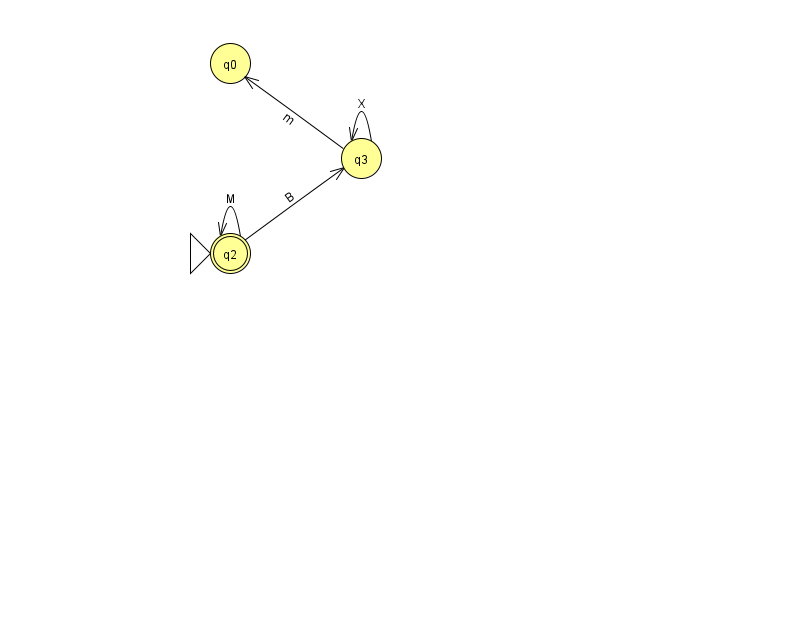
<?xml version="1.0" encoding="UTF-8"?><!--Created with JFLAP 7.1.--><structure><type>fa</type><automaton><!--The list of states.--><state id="0" name="q0"><x>230.0</x><y>50.0</y></state><state id="2" name="q2"><x>230.0</x><y>240.0</y><initial/><final/></state><state id="3" name="q3"><x>361.0</x><y>145.0</y></state><!--The list of transitions.--><transition><from>3</from><to>0</to><read>m</read></transition><transition><from>3</from><to>3</to><read>X</read></transition><transition><from>2</from><to>2</to><read>M</read></transition><transition><from>2</from><to>3</to><read>B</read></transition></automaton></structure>